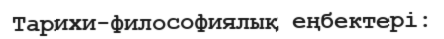
Тарихи-философиялық еңбектері: